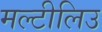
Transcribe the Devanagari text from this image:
मल्टीलिउ